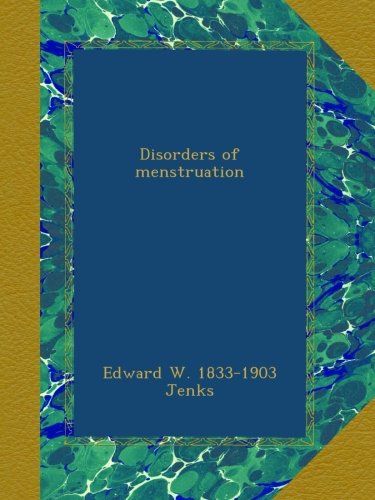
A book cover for Disorders of menstruation; Edward W. 1833-1903 Jenks; Health, Fitness & Dieting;